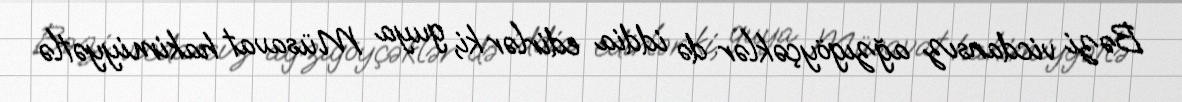
Bəzi vicdansız ağzıgöyçəklər də iddia edirlər ki, guya Müsavat hakimiyyətlə